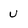
Character: u